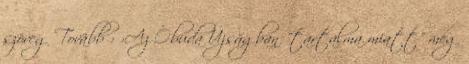
szöveg Tovább › ›Az Óbuda Újságban "tartalma miatt" meg